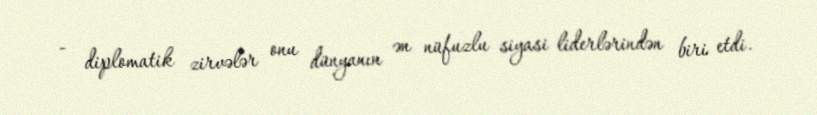
- diplomatik zirvələr onu dünyanın ən nüfuzlu siyasi liderlərindən biri etdi.